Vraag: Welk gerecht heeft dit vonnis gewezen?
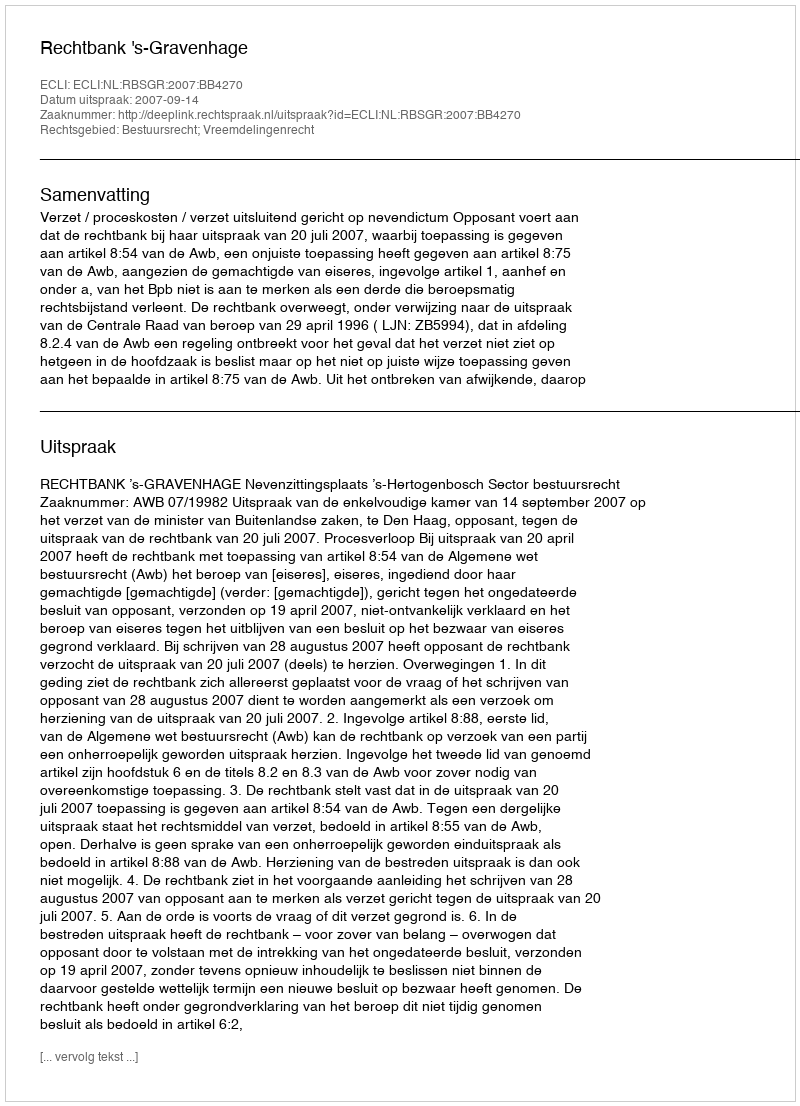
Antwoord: Rechtbank 's-Gravenhage